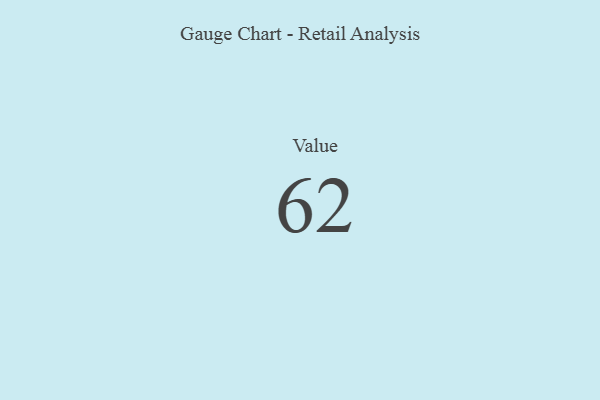
{"axis": {"x": "Metric", "y": "Value"}, "legend": [""], "data": [{"x": "Value", "y": 62, "type": ""}]}